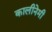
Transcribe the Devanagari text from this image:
कालीनेमी